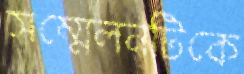
সম্মেলনটিকে